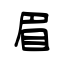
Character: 眉